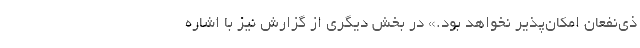
ذی‌نفعان امکان‌پذیر نخواهد بود.» در بخش دیگری از گزارش نیز با اشاره